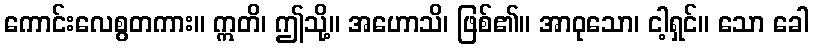
ကောင်းလေစွတကား။ ဣတိ၊ ဤသို့။ အဟောသိ၊ ဖြစ်၏။ အာဝုသော၊ ငါ့ရှင်။ သော ခေါ